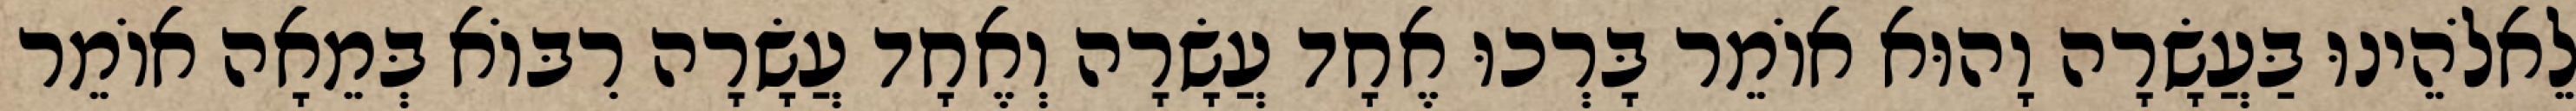
לֵאלֹהֵינוּ בַּעֲשָׂרָה וָהוּא אוֹמֵר בָּרְכוּ אֶחָד עֲשָׂרָה וְאֶחָד עֲשָׂרָה רִבּוֹא בְּמֵאָה אוֹמֵר